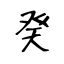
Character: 癸